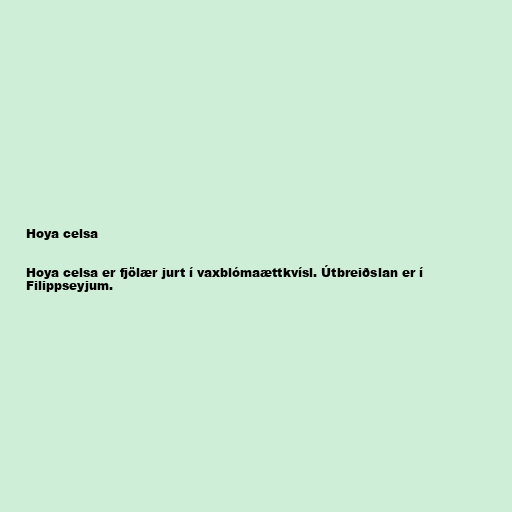
Hoya celsa

Hoya celsa er fjölær jurt í vaxblómaættkvísl. Útbreiðslan er í
Filippseyjum.